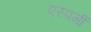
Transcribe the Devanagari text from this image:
एस्पर्गी